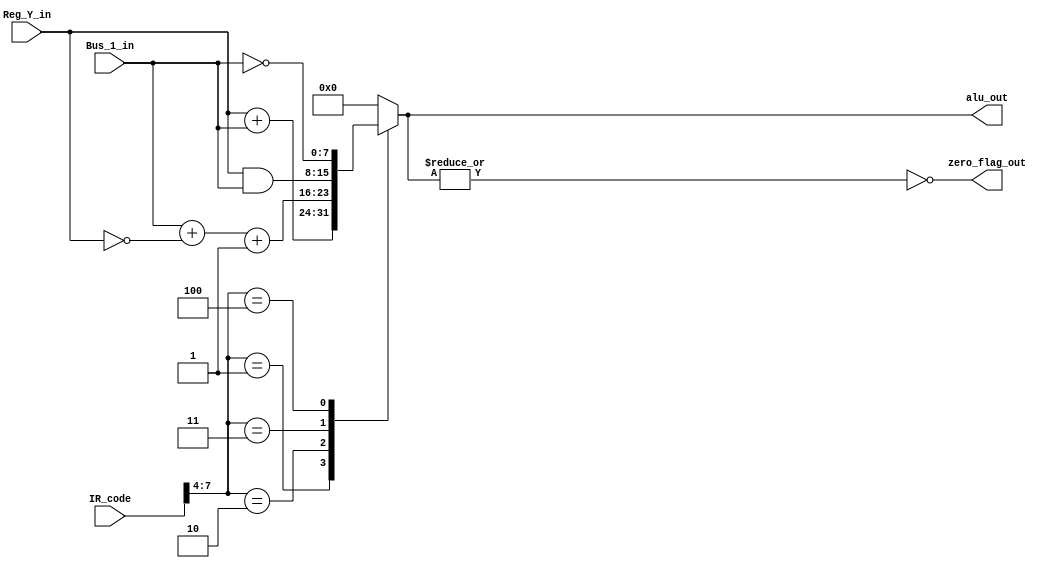
// This program was cloned from: https://github.com/tangxifan/micro_benchmark
// License: MIT License

module ALU(zero_flag_out,alu_out,Reg_Y_in,Bus_1_in,IR_code);

output	zero_flag_out;
output	reg	[7:0]alu_out;
input	[7:0]Reg_Y_in,Bus_1_in;
input	[7:0]IR_code;

wire	[3:0]opcode=IR_code[7:4];



always@(*)
	begin
		case(opcode)
		1:	alu_out=Reg_Y_in+Bus_1_in;
		2:	alu_out=Bus_1_in+~(Reg_Y_in)+1;
		3:	alu_out=Reg_Y_in&(Bus_1_in);
		4:  alu_out=~(Bus_1_in);
		default:alu_out=8'b0;
		endcase
	end

assign zero_flag_out=~|alu_out;

endmodule